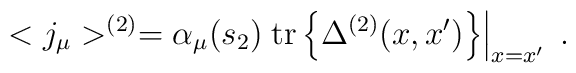
<j_\mu >^{(2)}=\alpha _\mu (s_2)\left. \mbox{tr}\left\{ \Delta^{(2)}(x,x^{\prime })\right\} \right| _{x=x^{\prime }}\;.